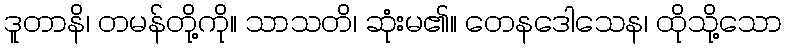
ဒူတာနိ၊ တမန်တို့ကို။ သာသတိ၊ ဆုံးမ၏။ တေနဒေါသေန၊ ထိုသို့သော